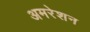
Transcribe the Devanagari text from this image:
अमरेशन